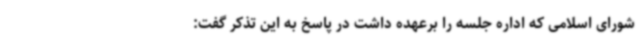
شورای اسلامی که اداره جلسه را برعهده داشت در پاسخ به این تذکر گفت: